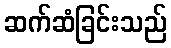
ဆက်ဆံခြင်းသည်